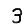
Digit: 3